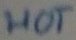
Text: HOT